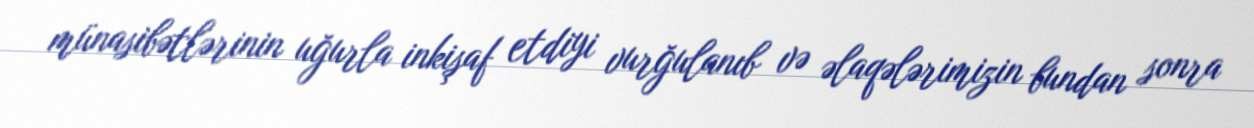
münasibətlərinin uğurla inkişaf etdiyi vurğulanıb və əlaqələrimizin bundan sonra